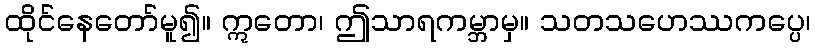
ထိုင်နေတော်မူ၍။ ဣတော၊ ဤသာရကမ္ဘာမှ။ သတသဟေဿကပ္ပေ၊